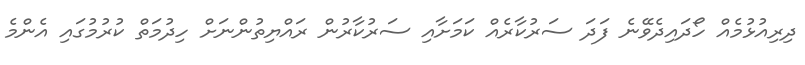
ދިރިއުޅުމެއް ހޯދައިދެވޭނެ ފަދަ ސަރުކާރެއް ކަމަށާއި ސަރުކާރުން ރައްޔިތުންނަށް ހިދުމަތް ކުރުމުގައި އެންމެ